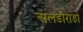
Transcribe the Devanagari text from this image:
अलडोराडो